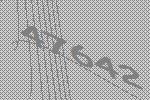
47642